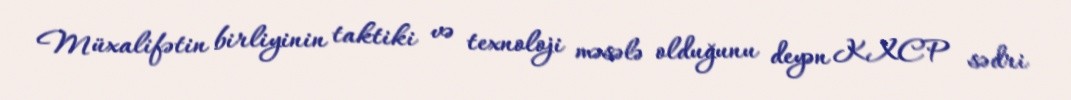
Müxalifətin birliyinin taktiki və texnoloji məsələ olduğunu deyən KXCP sədri